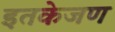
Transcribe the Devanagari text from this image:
इतकेजण